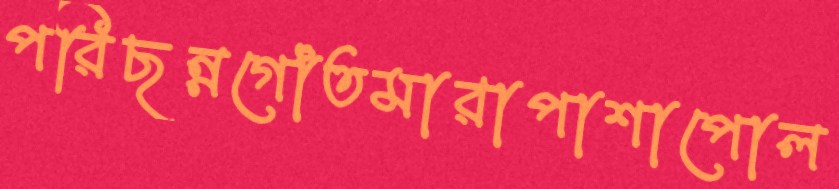
পরিছন্নগোঁতমারাপাশাপোল